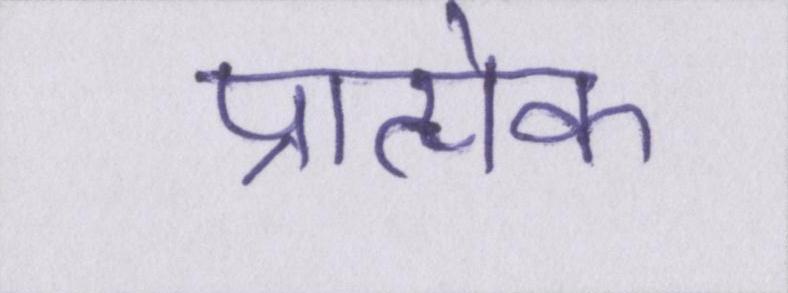
प्रात्येक